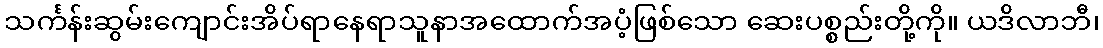
သင်္ကန်းဆွမ်းကျောင်းအိပ်ရာနေရာသူနာအထောက်အပံ့ဖြစ်သော ဆေးပစ္စည်းတို့ကို။ ယဒိလာဘီ၊